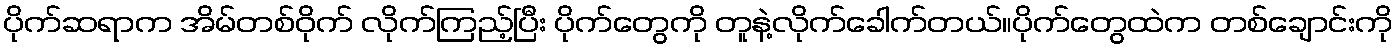
ပိုက်ဆရာက အိမ်တစ်ဝိုက် လိုက်ကြည့်ပြီး ပိုက်တွေကို တူနဲ့လိုက်ခေါက်တယ်။ပိုက်တွေထဲက တစ်ချောင်းကို